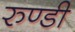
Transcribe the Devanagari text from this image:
रुण्डी